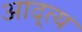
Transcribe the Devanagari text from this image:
आद्त्य